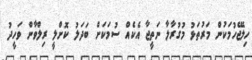
ހިލޭޖެހުމަކުން މަރުތަޅު މުގުރާލާ ނަތީޖާ އެކެއް ސުމަކަށް ބަދަލު ކޮށްލީ ރިލްވާން ވަހީދު